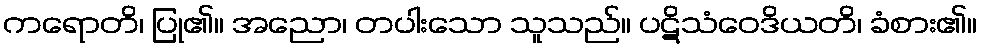
ကရောတိ၊ ပြု၏။ အညော၊ တပါးသော သူသည်။ ပဋိသံဝေဒိယတိ၊ ခံစား၏။